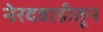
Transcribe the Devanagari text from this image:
नेरदवाडीतून